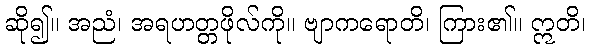
ဆို၍။ အညံ၊ အရဟတ္တဖိုလ်ကို။ ဗျာကရောတိ၊ ကြား၏။ ဣတိ၊